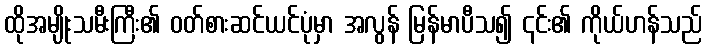
ထိုအမျိုးသမီးကြီး၏ ဝတ်စားဆင်ယင်ပုံမှာ အလွန် မြန်မာပီသ၍ ၎င်း၏ ကိုယ်ဟန်သည်